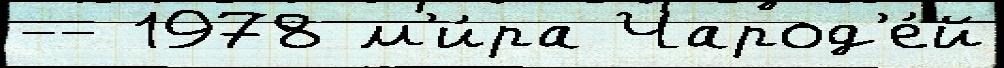
-- 1978 м'и́ра Чарод'е́й